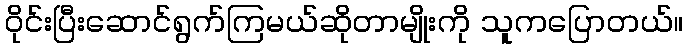
ဝိုင်းပြီးဆောင်ရွက်ကြမယ်ဆိုတာမျိုးကို သူကပြောတယ်။